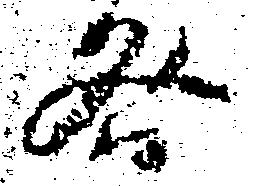
咎